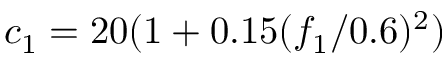
c _ { 1 } = 2 0 ( 1 + 0 . 1 5 ( { f _ { 1 } } / { 0 . 6 } ) ^ { 2 } )